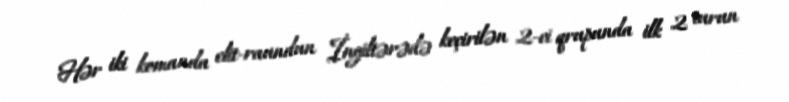
Hər iki komanda elit-raundun İngiltərədə keçirilən 2-ci qrupunda ilk 2 turun